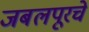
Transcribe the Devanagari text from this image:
जबलपूरचे